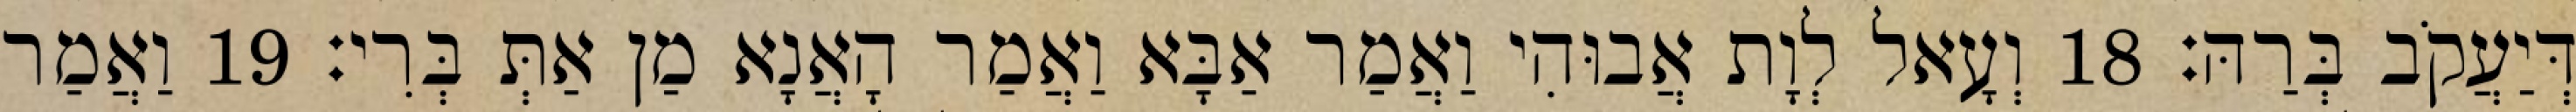
דְּיַעֲקֹב בְּרַהּ׃ 18 וְעָאל לְוָת אֲבוּהִי וַאֲמַר אַבָּא וַאֲמַר הָאֲנָא מַן אַתְּ בְּרִי׃ 19 וַאֲמַר